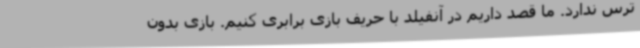
ترس ندارد. ما قصد داریم در آنفیلد با حریف بازی برابری کنیم. بازی بدون